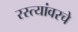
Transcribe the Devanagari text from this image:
रस्त्यांवरचे